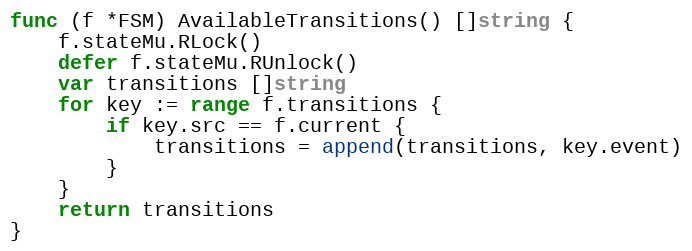
Language: Go
func (f *FSM) AvailableTransitions() []string {
	f.stateMu.RLock()
	defer f.stateMu.RUnlock()
	var transitions []string
	for key := range f.transitions {
		if key.src == f.current {
			transitions = append(transitions, key.event)
		}
	}
	return transitions
}